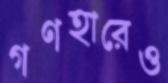
গণহারেও